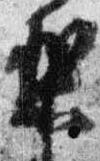
梨